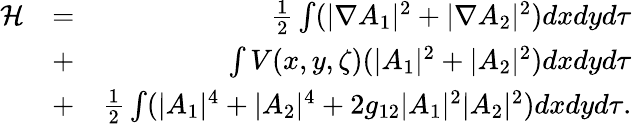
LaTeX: \begin{array}{rlr}{{\cal H}}&{=}&{\frac{1}{2}\int(|\nabla A_{1}|^{2}+|\nabla A_{2}|^{2})dxdyd\tau}\\ &{+}&{\int V(x,y,\zeta)(|A_{1}|^{2}+|A_{2}|^{2})dxdyd\tau}\\ &{+}&{\frac{1}{2}\int(|A_{1}|^{4}+|A_{2}|^{4}+2g_{12}|A_{1}|^{2}|A_{2}|^{2})dxdyd\tau.}\end{array}